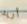
أريد